Medical and sanitary report of the native army of Madras for the year
Year: 1875
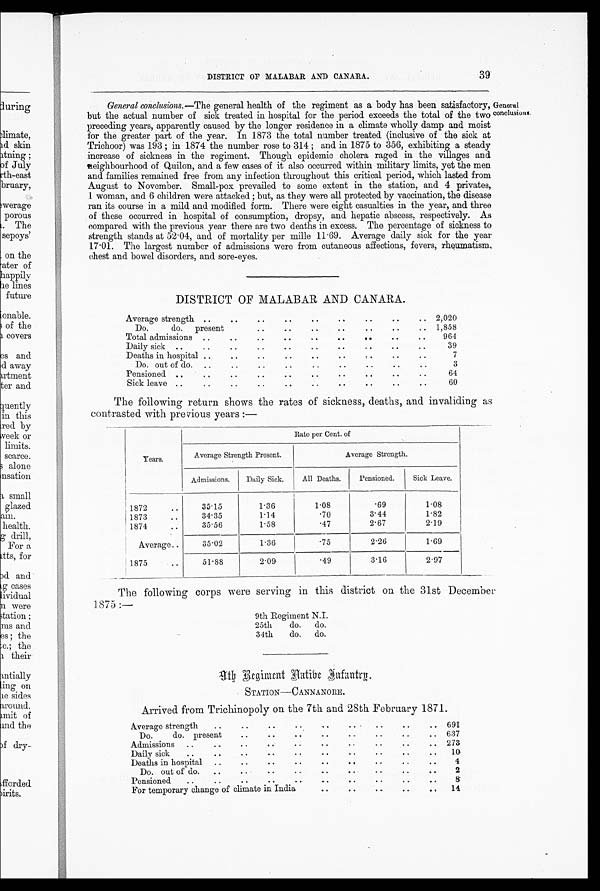
DISTRICT OP MALABAR AND CANARA.
39
General conclusions .—The general health of the regiment as a body has been satisfactory,
but the actual number of sick treated in hospital for the period exceeds the total of the two
preceding years, apparently caused by the longer residence in a climate wholly damp and moist
for the greater part of the year. In 1873 the total number treated (inclusive of the sick at
Trichoor) was 193 ; in 1874 the number rose to 314 ; and in 1875 to 356, exhibiting a steady
increase of sickness in the regiment. Though epidemic cholera raged in the villages and
neighbourhood of Quilon, and a few cases of it also occurred within military limits, yet the men
and families remained free from any infection throughout this critical period, which lasted from
August to November. Small-pox prevailed to some extent in the station, and 4 privates,
1 woman, and 6 children were attacked ; but, as they were all protected by vaccination, the disease
ran its course in a mild and modified form. There were eight casualties in the year, and three
of these occurred in hospital of consumption, dropsy, and hepatic abscess, respectively. As
compared with the previous year there are two deaths in excess. The percentage of sickness to
strength stands at 52.04, and of mortality per mille 11.69. Average daily sick for the year
17.01. The largest number of admissions were from cutaneous affections, fevers, rheumatism,
chest and bowel disorders, and sore-eyes.
General
conclusions.
DISTRICT OF MALABAR AND CANARA.
Average strength
2,020
Do.
do.
present
..
..
..
..
•
.
1,858
Total admissions
964
Daily sick
39
Deaths in hospital
7
Do. out of do.
3
Pensioned
64
Sick leave
60
The following return shows the rates of sickness, deaths, and invaliding as
contrasted with previous years :—
Years.
Rate per Cent. of
Average Strength Present.
Average Strength.
Admissions.
Daily Sick.
All Deaths.
Pensioned.
Sick Leave.
1872
35.15
1.36
1.08
.69
1.08
1873
34.35
1.14
.70
3.44
1.82
1874
35.56
1.58
.47
2.67
2.19
Average
35.02
1.36
.75
2.26
1.69
1875
51.88
2.09
.49
3.16
2.97
The following corps were serving in this district on the 31st December
1875
9th Regiment N.I.
25th
do.
do.
34th
do.
do.
9 t h R e g i m e n t A a t i b e J u f a n t r y .
STATION—CANNANORE.
Arrived from Trichinopoly on the 7th and 28th February 1871.
..
Average strength
691
Do. do. present
637
•
Admissions
273
• •
Daily sick
10
Deaths in hospital
..
•
•
4
Do. out of do.
2
..
.
Pensioned
..
..
• •
• .
• •
8
For temporary change of climate in India
. . ..
14